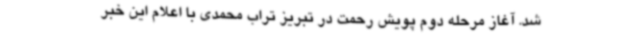
شد. آغاز مرحله دوم پویش رحمت در تبریز تراب محمدی با اعلام این خبر